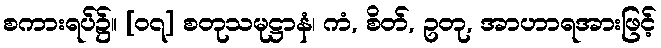
စကားရပ်၌။ [၀၇] စတုသမုဋ္ဌာနံ၊ ကံ, စိတ်, ဥတု, အာဟာရအားဖြင့်